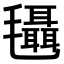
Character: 𣰼